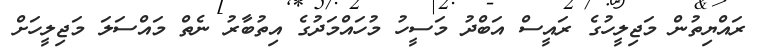
ރައްޔިތުން މަޖިލީހުގެ ރައީސް އަބްދު މަސީހު މުހައްމަދުގެ އިތުބާރު ނެތް މައްސަލަ މަޖިލީހަށް